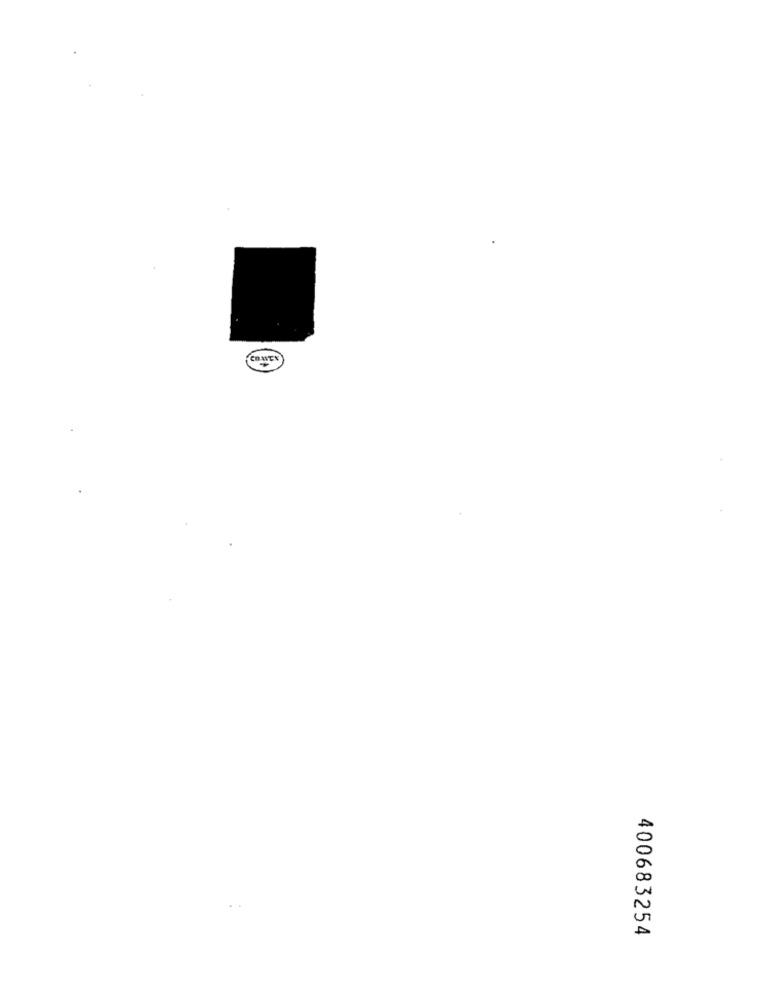
400683254